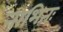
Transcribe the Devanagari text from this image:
नाभितः